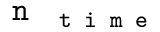
\ensuremath { \texttt { n } _ { \texttt { t i m e } } }